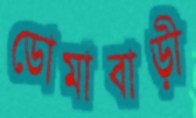
ডোমাবাড়ী